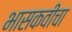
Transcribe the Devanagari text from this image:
भासकवीचा